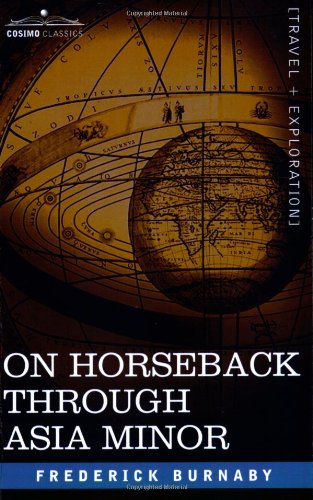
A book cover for On Horseback Through Asia Minor; Frederick Burnaby; Travel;